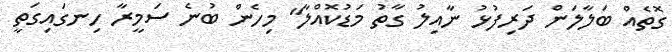
ގޮތެއް ބަލާލަން ދަރިފުޅު ނާއިލު ގާތު މަޑުކޮއްލާ" މިހެން ބުނެ ސަމީރާ ހިނގައިގަތީ